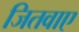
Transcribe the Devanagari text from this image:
जितवाए